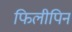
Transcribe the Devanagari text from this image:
फिलीपिन